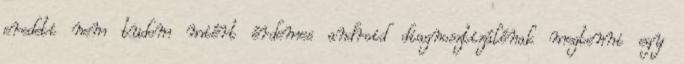
eredeti nem tudom miért érdemes android diagnosztizálónak megtenni egy